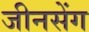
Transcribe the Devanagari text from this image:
जीनसेंग